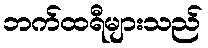
ဘက်ထရီများသည်